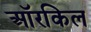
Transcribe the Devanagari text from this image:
ऑरकिल